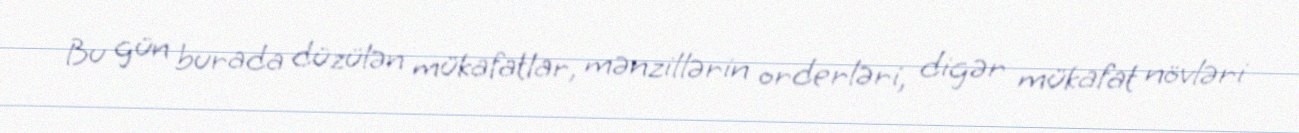
Bu gün burada düzülən mükafatlar, mənzillərin orderləri, digər mükafat növləri